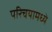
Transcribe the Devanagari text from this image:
परिचयामध्ये